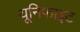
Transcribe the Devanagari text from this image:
यूनिफाइट